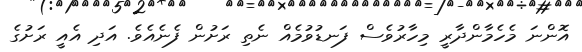
އޮންނަ މެހެމާންދާރީ މިހާރުވެސް ފަނޑުވުމެއް ނެތި ރަށުން ފެނެއެވެ. އަދި އެއީ ރަށުގެ